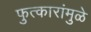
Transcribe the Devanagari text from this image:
फुत्कारांमुळे